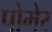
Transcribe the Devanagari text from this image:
पोमेर